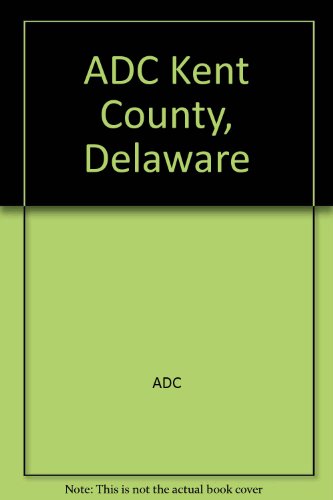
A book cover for Kent County, Delaware Street Map Book; ADC (Firm); Travel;